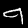
Label: 9